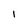
Character: l